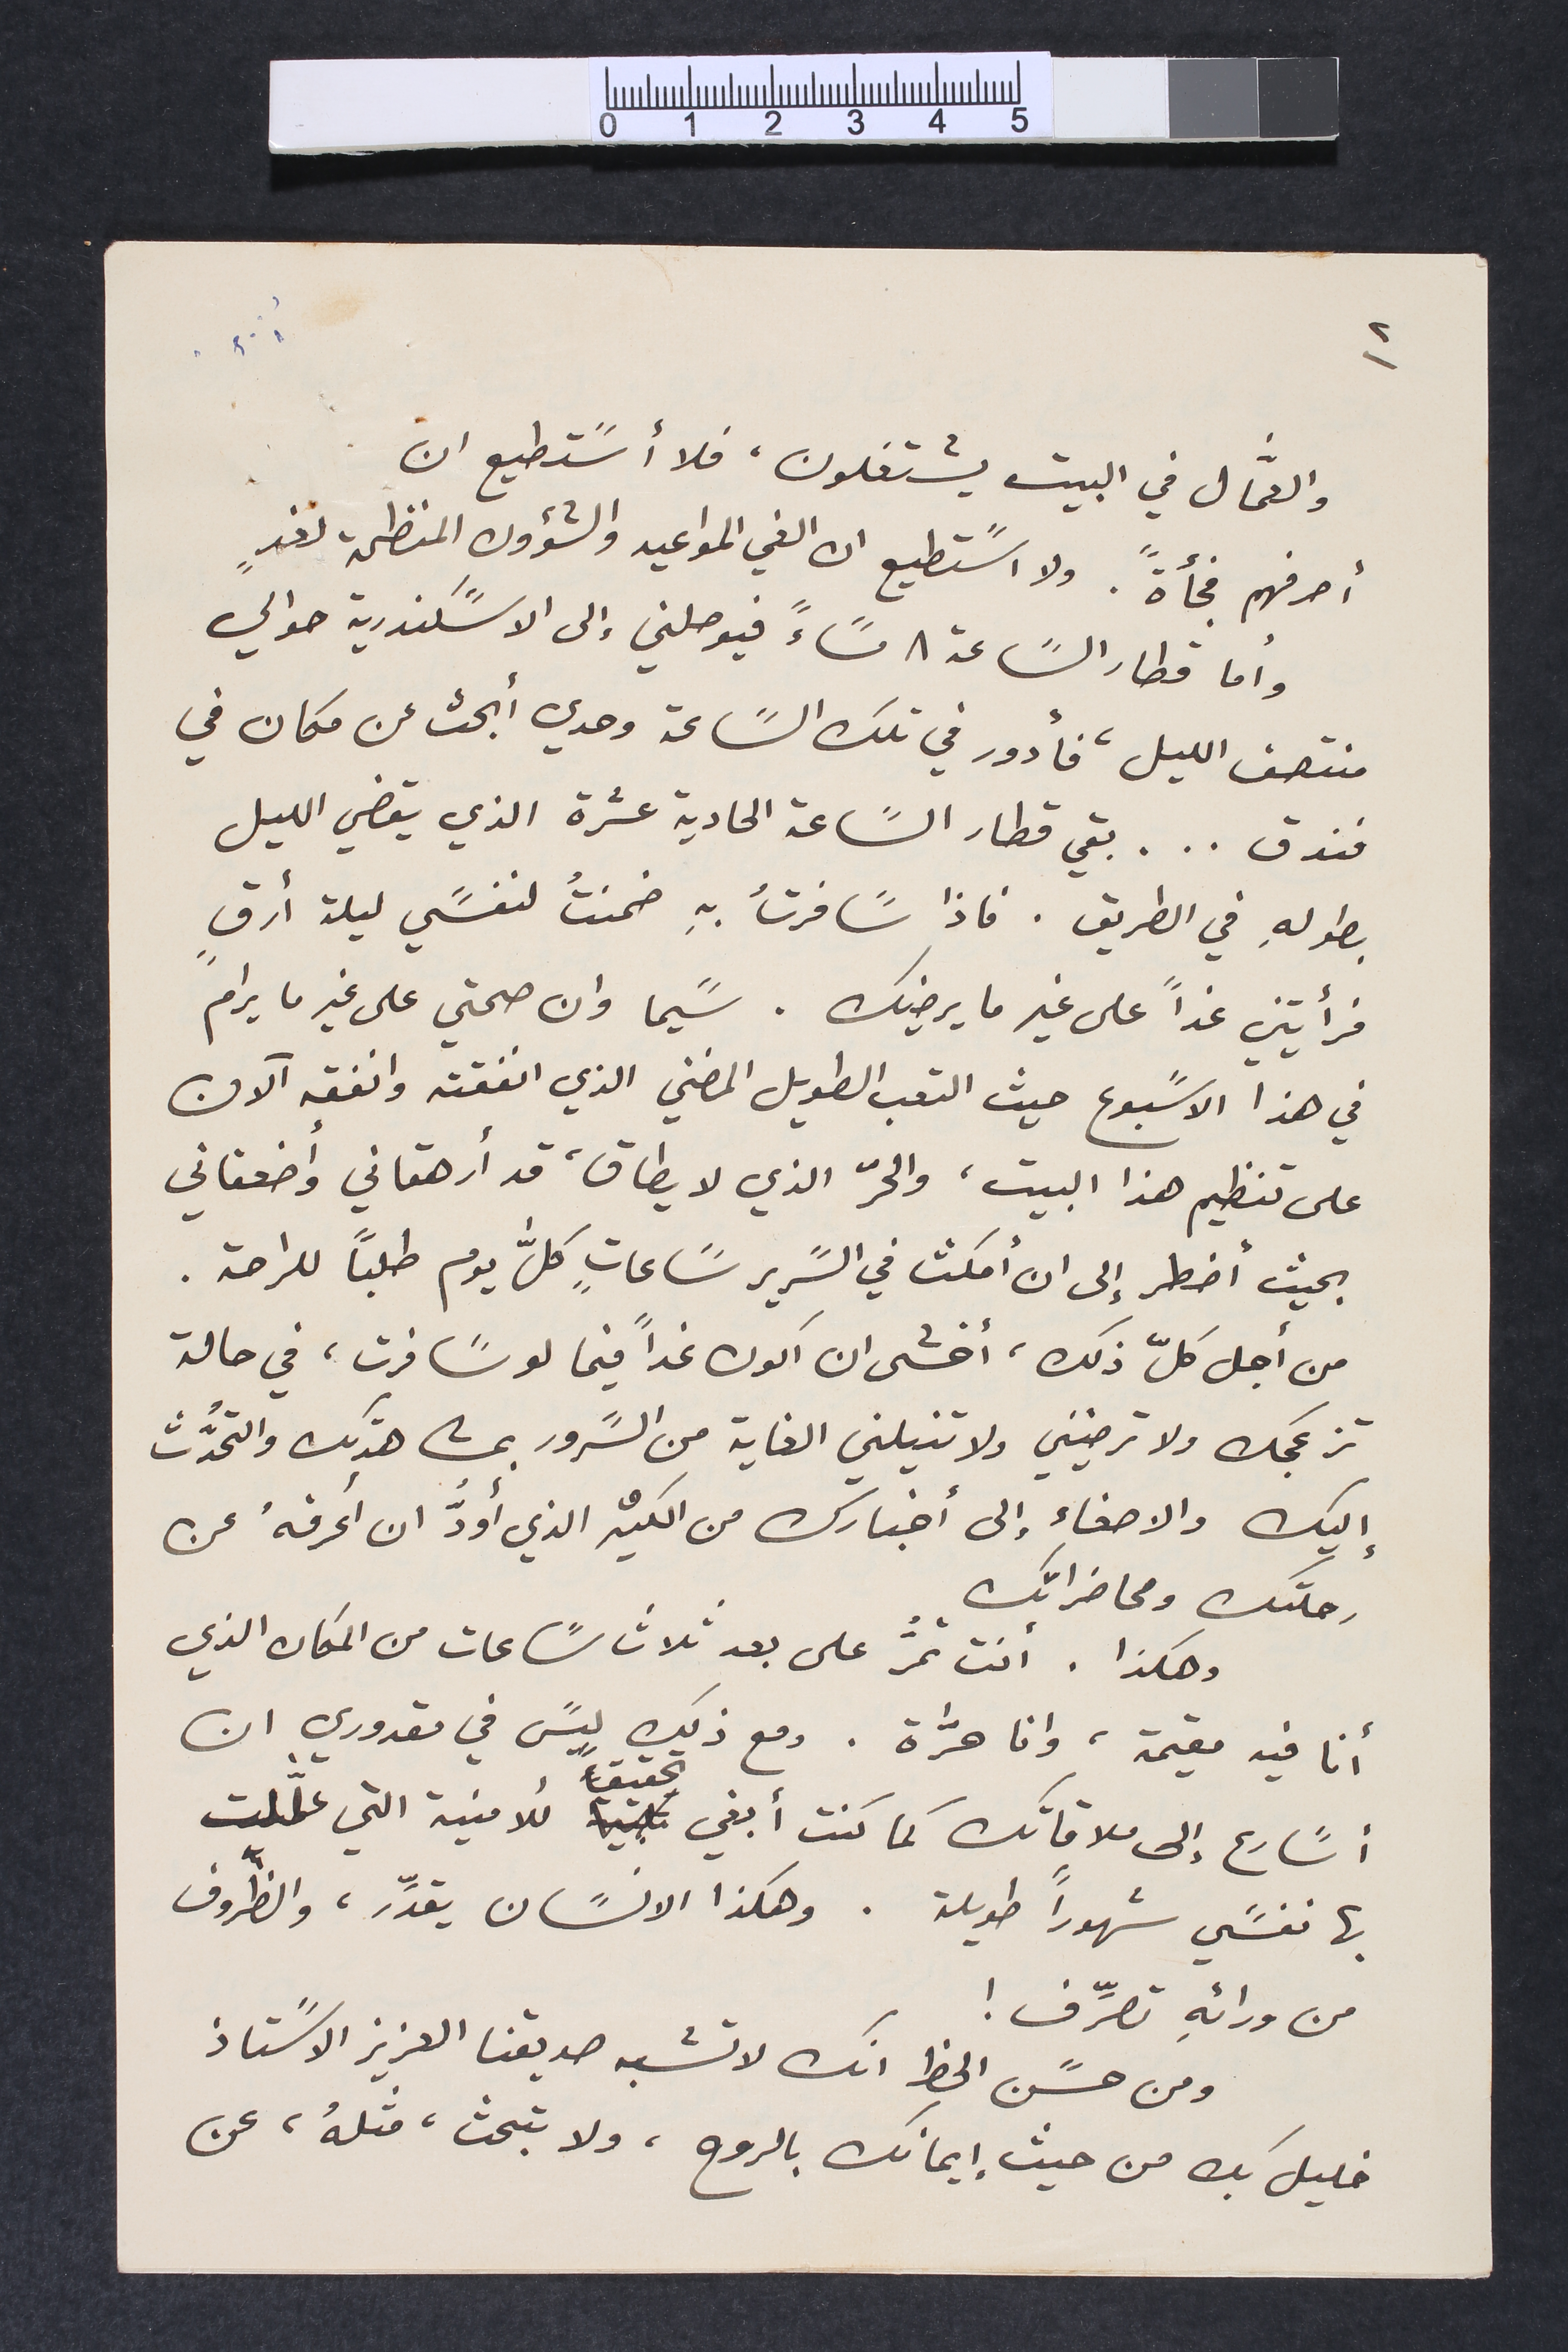
والعمَّال في البيت يشتغلون. فلا أسًتطيع ان
أصرفهم فجأةً. ولا اسًتطيع ان الغي المواعيد والشؤون المنظمة لغدٍ
وأما قطار السًاعة ٨ مسًاءً فيوصلني الى الاسًكندرية حوالي
منتصف الليل، فأدور في تلك السًاعة وحدي ابحث عن مكان في
فندق... بقي قطار السًاعة الحادية عشرة الذي يقضي الليل
بطولهِ في الطريق. فاذا سًافرتُ بهِ ضمنتُ لنفسًي ليلة أرقٍ
فرأيتني غداً على غير ما يرضيك. سًيما وان صحتي على غير ما يرام
في هذا الاسًبوع حيث التعب الطويل المضني الذي انفقته وانفقه الآن
على تنظيم هذا البيت، والحرّ الذي لا يطاق، قد أرهقاني وأضعفاني
بحيث اضطر إلى ان أمكث في السًرير سًاعاتٍ كلَّ يوم طلبًا للراحة.
من أجل كلّ ذلك ، أخشى ان أكون غداً فيما لو سًافرت، في حالة
تزعجك ولا ترضيني ولا تنيلني الغاية من السًرور بمشاهدتك والتحدُّث
إليك والاصغاء إلى أخبارك من الكثير الذي أودُّ ان أعرفهُ عن
رحلتك ومحاضراتك
وهكذا. انت تمرُّ على بعد ثلاث سًاعات من المكان الذي
أنا فيه مقيمة، وانا حرَّة. ومع ذلك ليسً في مقدوري ان
أسًارع إلى ملاقاتك كما كنت أبغي تحقيقاً للأمنية التي علَّلت
بها نفسًي شهوراً طويلة. وهكذا الانسًان يقدًِر ، والظّروف
من ورائهِ تصرِّف!
ومن حسًن الحظ انك لا تشبه صديقنا العزيز الاسًتاذ
خليل بك من حيث إيمانك بالروح، ولا تبحث، مثلهُ، عن
٢